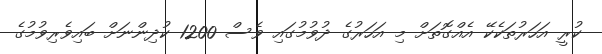
ކުރީ އަހަރުތަކެކޭ އެއްގޮތަށް މި އަހަރުގެ ދުވުމުގައި ވެސް 1200 ކުދިންނަށް ބައިވެރިވުމުގެ